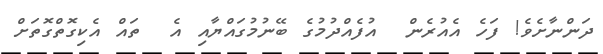
ދަންނާށެވެ! ފަހެ އެއުރެން  އުފެއްދުމުގެ ބޭނުމުގައްޔާއި އެ  ތައް އެކިގޮތްގޮތަށް